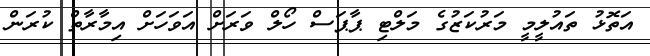
އަތޮޅު ތައުލީމީ މަރުކަޒުގެ މަލްޓި ޕާޕަސް ހޯލް ވަރަށް އަވަހަށް އިމާރާތް ކުރަން